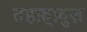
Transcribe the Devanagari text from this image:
तहफ़्फ़ुज़